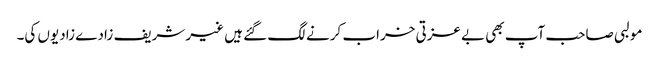
مولبی صاحب آپ بھی بے عزتی خراب کرنے لگ گئے ہیں غیر شریف زادے زادیوں کی۔